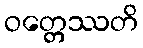
ဝတ္တေဿတိ